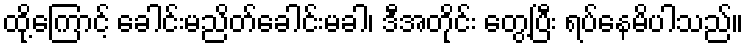
ထို့ကြောင့် ခေါင်းမညိတ်ခေါင်းမခါ၊ ဒီအတိုင်း တွေ့ပြီး ရပ်နေမိပါသည်။